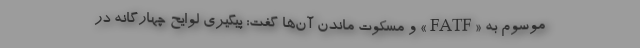
موسوم به «FATF» و مسکوت ماندن آن‌ها گفت: پیگیری لوایح چهارگانه در